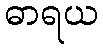
ဓာရယ